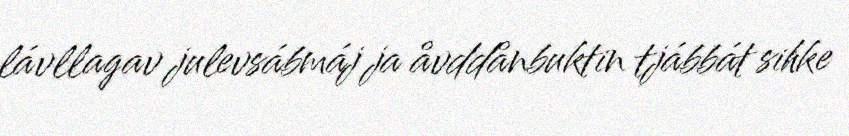
lávllagav julevsábmáj ja åvddånbuktin tjábbát sihke